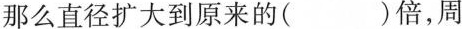
那么直径扩大到原来的( )倍，周